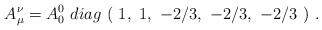
\begin{align*}A_\mu^\nu=A_0^0\ diag\ (\ 1,\ 1,\ -2/3,\ -2/3,\ -2/3\ ) \ .\end{align*}